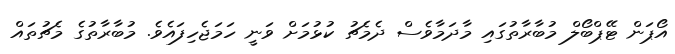
އޯޕަން ޓޭޕްބޯލް މުބާރާތުގައި މާދަމާވެސް ދެމެޗު ކުޅުމަށް ވަނީ ހަމަޖެހިފައެވެ. މުބާރާތުގެ މެޗުތައް